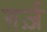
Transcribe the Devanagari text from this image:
ग़र्ज़